Scottish Certificate of Education, 1962
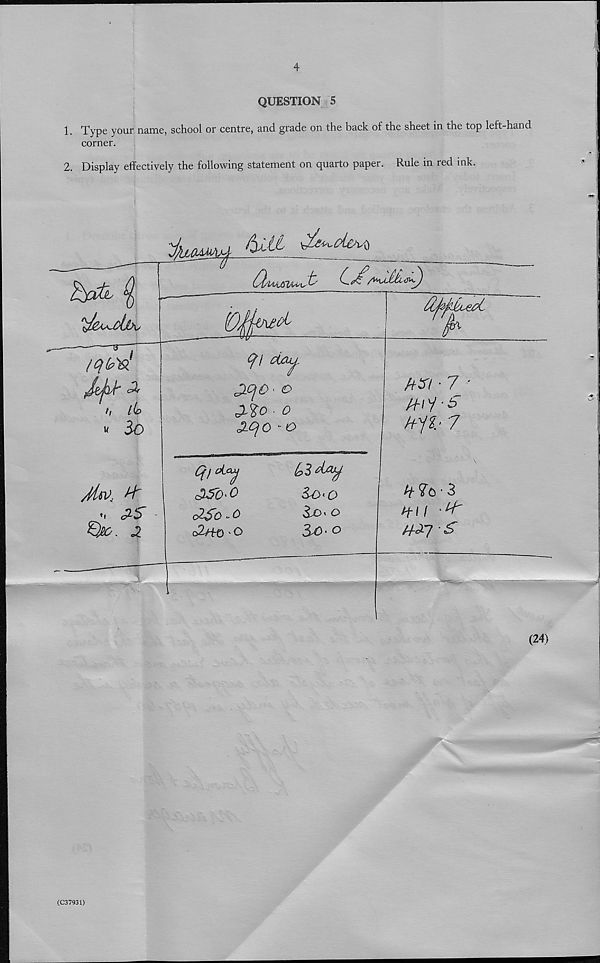
4
QUESTION 5
1. Type your name, school or centre, and grade on the back of the sheet in the top left-hand
corner.
2. Display effectively the following statement on quarto paper. Rule in red ink.
(C37931)